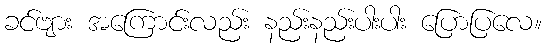
ခင်ဗျား အကြောင်းလည်း နည်းနည်းပါးပါး ပြောပြလေ။